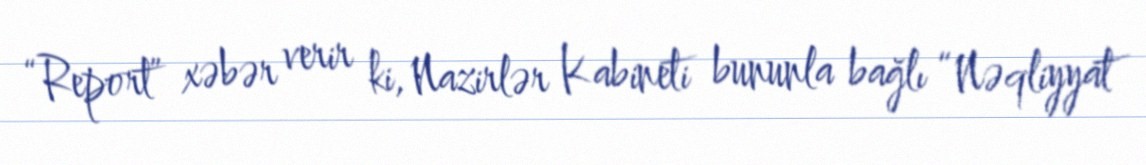
“Report” xəbər verir ki, Nazirlər Kabineti bununla bağlı “Nəqliyyat